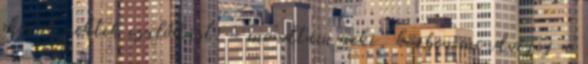
okozok nektek csalódást. – mondtam neki, közben mindvégig a